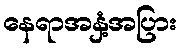
နေရာအနှံ့အပြား